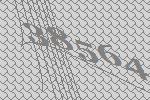
38564